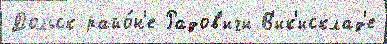
Дольск райо́н'е Радов'ичи В'ик'исклад'е